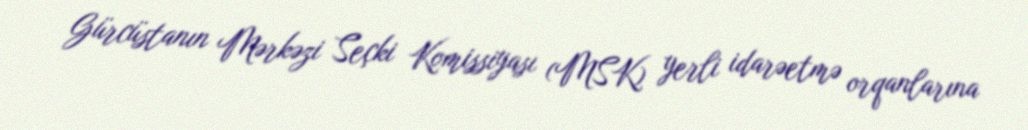
Gürcüstanın Mərkəzi Seçki Komissiyası (MSK) yerli idarəetmə orqanlarına